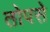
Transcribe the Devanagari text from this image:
तोपसे